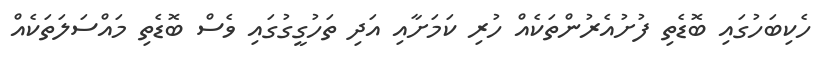
ހެކިބަހުގައި ބޮޑެތި ފުށުއެރުންތަކެއް ހުރި ކަމަށާއި އަދި ތަހުގީގުގައި ވެސް ބޮޑެތި މައްސަލަތަކެއް